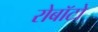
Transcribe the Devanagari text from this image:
रोबॉटो